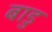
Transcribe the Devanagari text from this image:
बाडु